Civil Veterinary Department. Madras. Admin. report 1910-25 - 1910-1925
Year: 1910
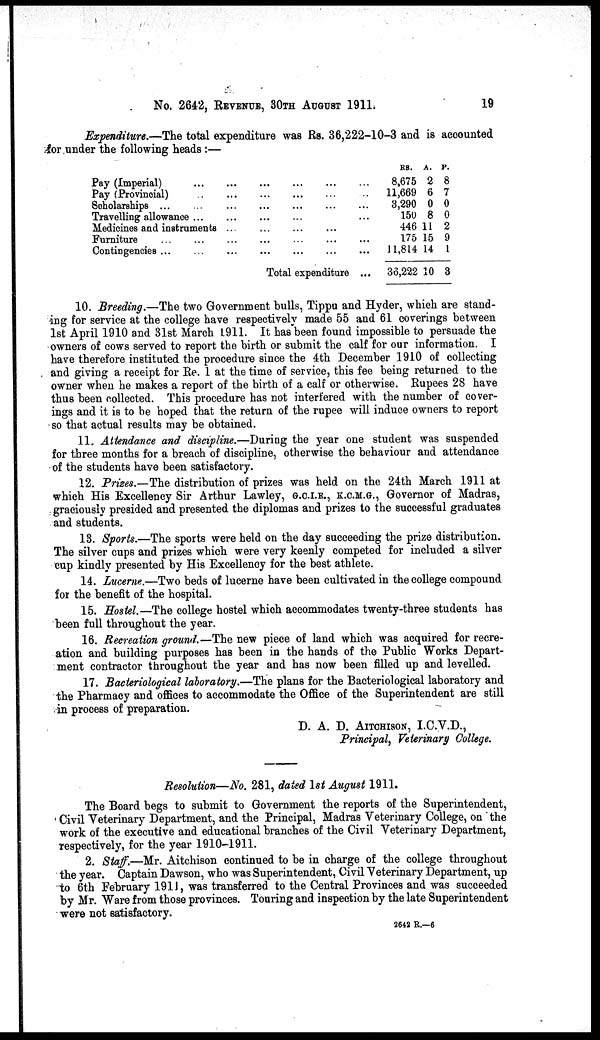
No. 2642, REVENUE 30TH AUGUST 1911.
19
Expenditure.—The total expenditure was Rs. 36,222-10-3 and is accounted
for under the following heads:—
Pay (Imperial)
...
...
...
...
Pay (Provincial)
...
......
...
...
Scholarships
...
...
...
...
...
...
...
Travelling allowance
...
...
...
...
...
Medicines and instruments ...
Furniture
...
...
...
...
...
...
...
Contingencies
...
...
...
...
...
...
...
Total expenditure ...
RS.
8,675
11,669
3,290
150
446
175
11,814
36,222
A.
2
6
0
8
11
15
14
10
P.
8
7
0
0
2
9
1
3
10. Breeding.—The two Government bulls, Tippu and Hyder, which are stand-
ing for service at the college have respectively made 55 and 61 coverings between
1st April 1910 and 31st March L911. It has been found impossible to persuade the
owners of cows served to report the birth or submit the calf for our information. I
have therefore instituted the procedure since the 4th December 1910 of collecting
and giving a receipt for Re. 1 at the time of service, this fee being returned to the
owner when he makes a report of the birth of a calf or otherwise. Rupees 28 have
thus been collected. This procedure has not interfered with the number of cover-
ings and it is to be hoped that the return of the rupee will induce owners to report
so that actual results may be obtained.
11. Attendance and discipline.—During the year one student was suspended
for three months for a breach of discipline, otherwise the behaviour and attendance
of the students have been satisfactory.
12. Prizes.—The distribution of prizes was held on the 24th March 1911 at
which His Excellency Sir Arthur Lawley, G.C.I.E., K.C.M.G., Governor of Madras,
graciously presided and presented the diplomas and prizes to the successful graduates
and students.
13. Sports.—The sports were held on the day succeeding the prize distribution.
The silver cups and prizes which were very keenly competed for included a silver
cup kindly presented by His Excellency for the best athlete.
14. Lucerne.—Two beds of lucerne have been cultivated in the college compound
for the benefit of the hospital.
15. Hostel.—The college hostel which accommodates twenty-three students has
been full throughout the year.
16. Recreation ground.—The new piece of land which was acquired for recre-
ation and building purposes has been in the hands of the Public Works Depart-
ment contractor throughout the year and has now been filled up and levelled.
17. Bacteriological laboratory.—The plans for the Bacteriological laboratory and
the Pharmacy and offices to accommodate the Office of the Superintendent are still
in process of preparation.
D. A. D. AITCHISON, I.C.V.D.,
Principal, Veterinary College.
Resolution—No. 281, dated 1st August 1911.
The Board begs to submit to Government the reports of the Superintendent,
Civil Veterinary Department, and the Principal, Madras Veterinary College, on the
work of the executive and educational branches of the Civil Veterinary Department,
respectively, for the year 1910-1911.
2. Staff.—Mr. Aitchison continued to be in charge of the college throughout
the year. Captain Dawson, who was Superintendent, Civil Veterinary Department, up
to 6th February 1911, was transferred to the Central Provinces and was succeeded
by Mr. Ware from those provinces. Touring and inspection by the late Superintendent
were not satisfactory.
2642 R.—6